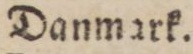
Danmark.